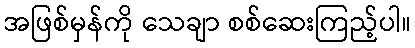
အဖြစ်မှန်ကို သေချာ စစ်ဆေးကြည့်ပါ။